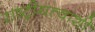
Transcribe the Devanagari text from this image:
राष्ट्रीयत्वाशी